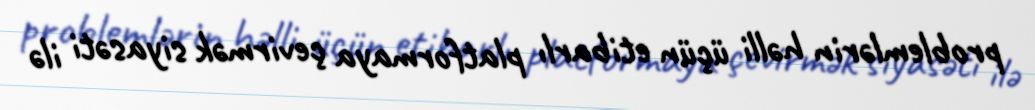
problemlərin həlli üçün etibarlı platformaya çevirmək siyasəti ilə